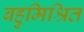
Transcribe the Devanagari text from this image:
बहुमिश्रित